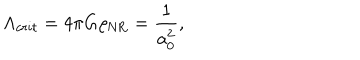
LaTeX: \Lambda _ { c r i t } = 4 \pi G \rho _ { \mathrm { N R } } = \frac { 1 } { a _ { 0 } ^ { 2 } } ,